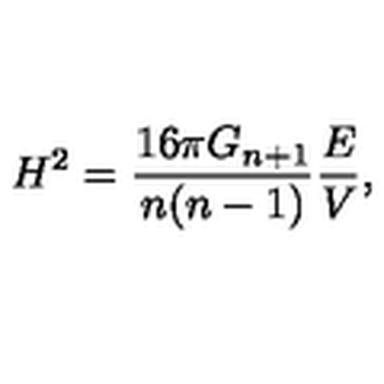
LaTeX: H ^ { 2 } = \frac { 1 6 \pi G _ { n + 1 } } { n ( n - 1 ) } \frac { E } { V } ,